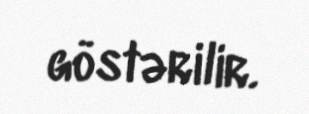
göstərilir.